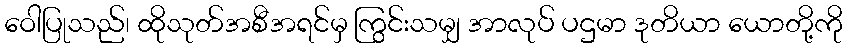
ဝေါပြုသည်၊ ထိုသုတ်အစီအရင်မှ ကြွင်းသမျှ အာလုပ် ပဌမာ ဒုတိယာ ယောတို့ကို